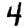
Digit: 4